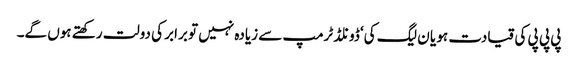
پی پی پی کی قیادت ہو یا ن لیگ کی‘ ڈونلڈ ٹرمپ سے زیادہ نہیں تو برابر کی دولت رکھتے ہوں گے۔